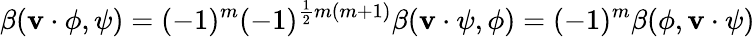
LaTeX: \beta(\mathbf{v}\cdot\phi,\psi)=(-1)^{m}(-1)^{{\frac{{1}}{{2}}}m(m+1)}\beta(\mathbf{v}\cdot\psi,\phi)=(-1)^{m}\beta(\phi,\mathbf{v}\cdot\psi)